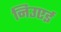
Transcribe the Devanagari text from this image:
निउएई